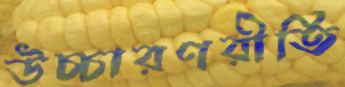
উচ্চারণরীতি